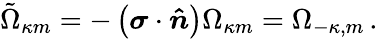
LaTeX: \tilde{\Omega}_{\kappa m}=-\left(\boldsymbol{\sigma}\cdot\boldsymbol{\hat{n}}\right)\Omega_{\kappa m}=\Omega_{-\kappa,m}\, .